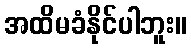
အထိမခံနိုင်ပါဘူး။